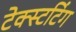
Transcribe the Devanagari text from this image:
टेक्स्टटिंग